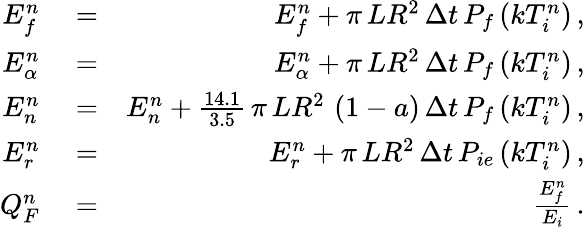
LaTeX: \begin{array}{rlr}{E_{f}^{n}}&{{}=}&{E_{f}^{n}+\pi\, LR^{2}\, \Delta t\, P_{f}\left(kT_{i}^{n}\right)\, ,}\\ {E_{\alpha}^{n}}&{{}=}&{E_{\alpha}^{n}+\pi\, LR^{2}\, \Delta t\, P_{f}\left(kT_{i}^{n}\right)\, ,}\\ {E_{n}^{n}}&{{}=}&{E_{n}^{n}+\frac{14.1}{3.5}\, \pi\, LR^{2}\, \left(1-a\right)\, \Delta t\, P_{f}\left(kT_{i}^{n}\right)\, ,}\\ {E_{r}^{n}}&{{}=}&{E_{r}^{n}+\pi\, LR^{2}\, \Delta t\, P_{ie}\left(kT_{i}^{n}\right)\, ,}\\ {Q_{F}^{n}}&{{}=}&{\frac{E_{f}^{n}}{E_{i}}\, .}\end{array}